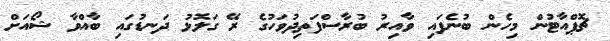
ޗޮޕްއާޓުން މިހެން ބުނެފަައި ވާއިރު ބުރާސްފަތިދުވަހުގެ ރޭ ގަލޮޅު ދަނޑުގައި ބާއްވާ ޝޯއަށް